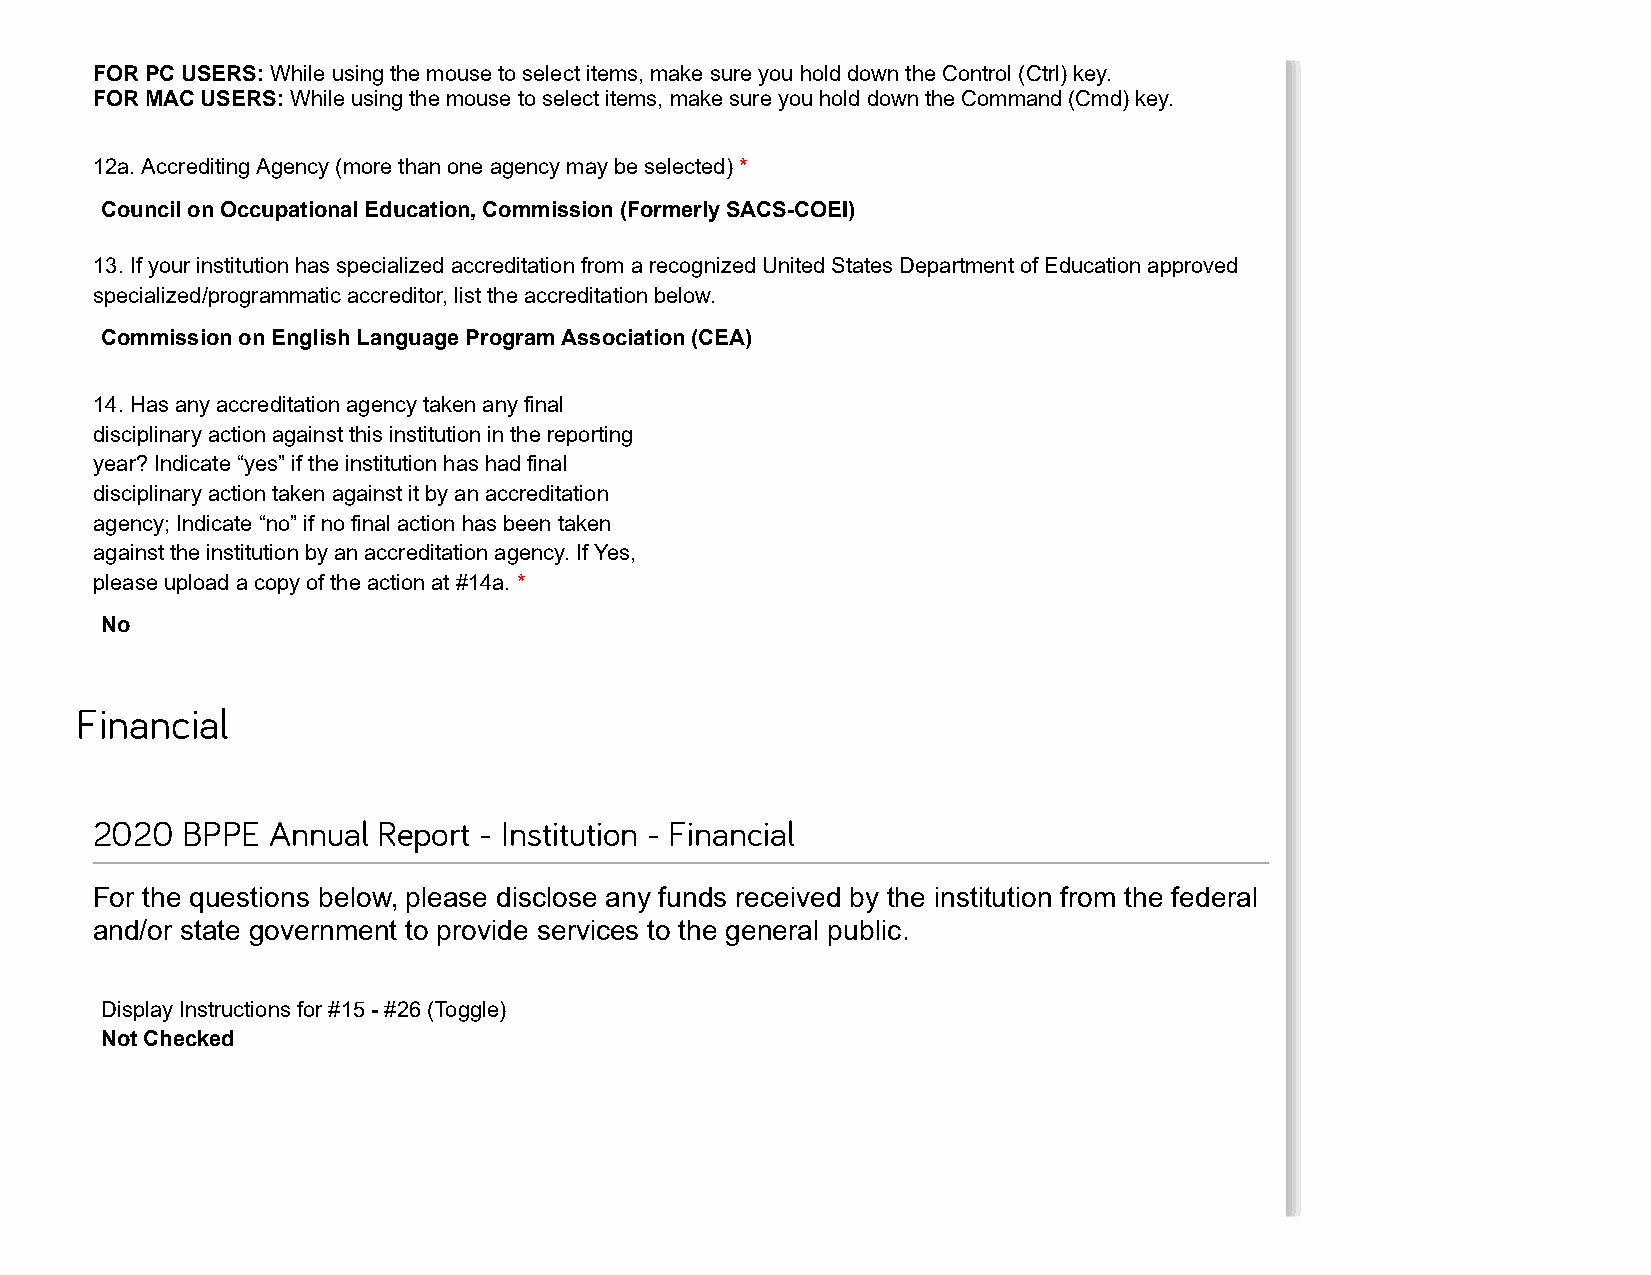
FOR PC USERS: While using the mouse to select items, make sure you hold down the Control (Ctrl) key.
 FOR MAC USERS: While using the mouse to select items, make sure you hold down the Command (Cmd) key.
 12a. Accrediting Agency (more than one agency may be selected) *
 Council on Occupational Education, Commission (Formerly SACS-COEI)
 13. If your institution has specialized accreditation from a recognized United States Department of Education approved
 specialized/programmatic accreditor, list the accreditation below.
 Commission on English Language Program Association (CEA)
 14. Has any accreditation agency taken any final
 disciplinary action against this institution in the reporting
 year? Indicate “yes” if the institution has had final
 disciplinary action taken against it by an accreditation
 agency; Indicate “no” if no final action has been taken
 against the institution by an accreditation agency. If Yes,
 please upload a copy of the action at #14a. *
 No
 Financial
 2020  BPPE  Annual Report - Institution - Financial
 For the questions below, please disclose any funds received by the institution from the federal
 and/or state government to provide services to the general public.
 Display Instructions for #15 - #26 (Toggle)
 Not Checked